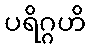
ပရိဂ္ဂဟိ